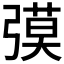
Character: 𰐟